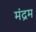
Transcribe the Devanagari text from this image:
मंद्रम